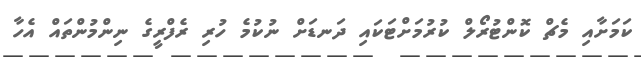
ކަމަށާއި މެޗް ކޮންޓުރޯލް ކުރުމަށްޓަކައި ދަނޑަށް ނުކުމެ ހުރި ރެފްރީގެ ނިންމުންތައް އެހާ